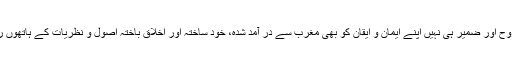
انہوں نے اپنی روح اور ضمیر ہی نہیں اپنے ایمان و ایقان کو بھی مغرب سے در آمد شدہ، خود ساختہ اور اخلاق باختہ اصول و نظریات کے ہاتھوں رہن رکھ دیا ہے۔